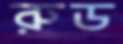
রুড